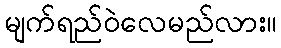
မျက်ရည်ဝဲလေမည်လား။